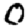
Digit: 0